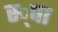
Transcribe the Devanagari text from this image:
स्‍्पा